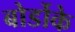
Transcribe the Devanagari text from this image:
बोर्डोके